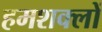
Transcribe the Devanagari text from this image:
हमशक्लों